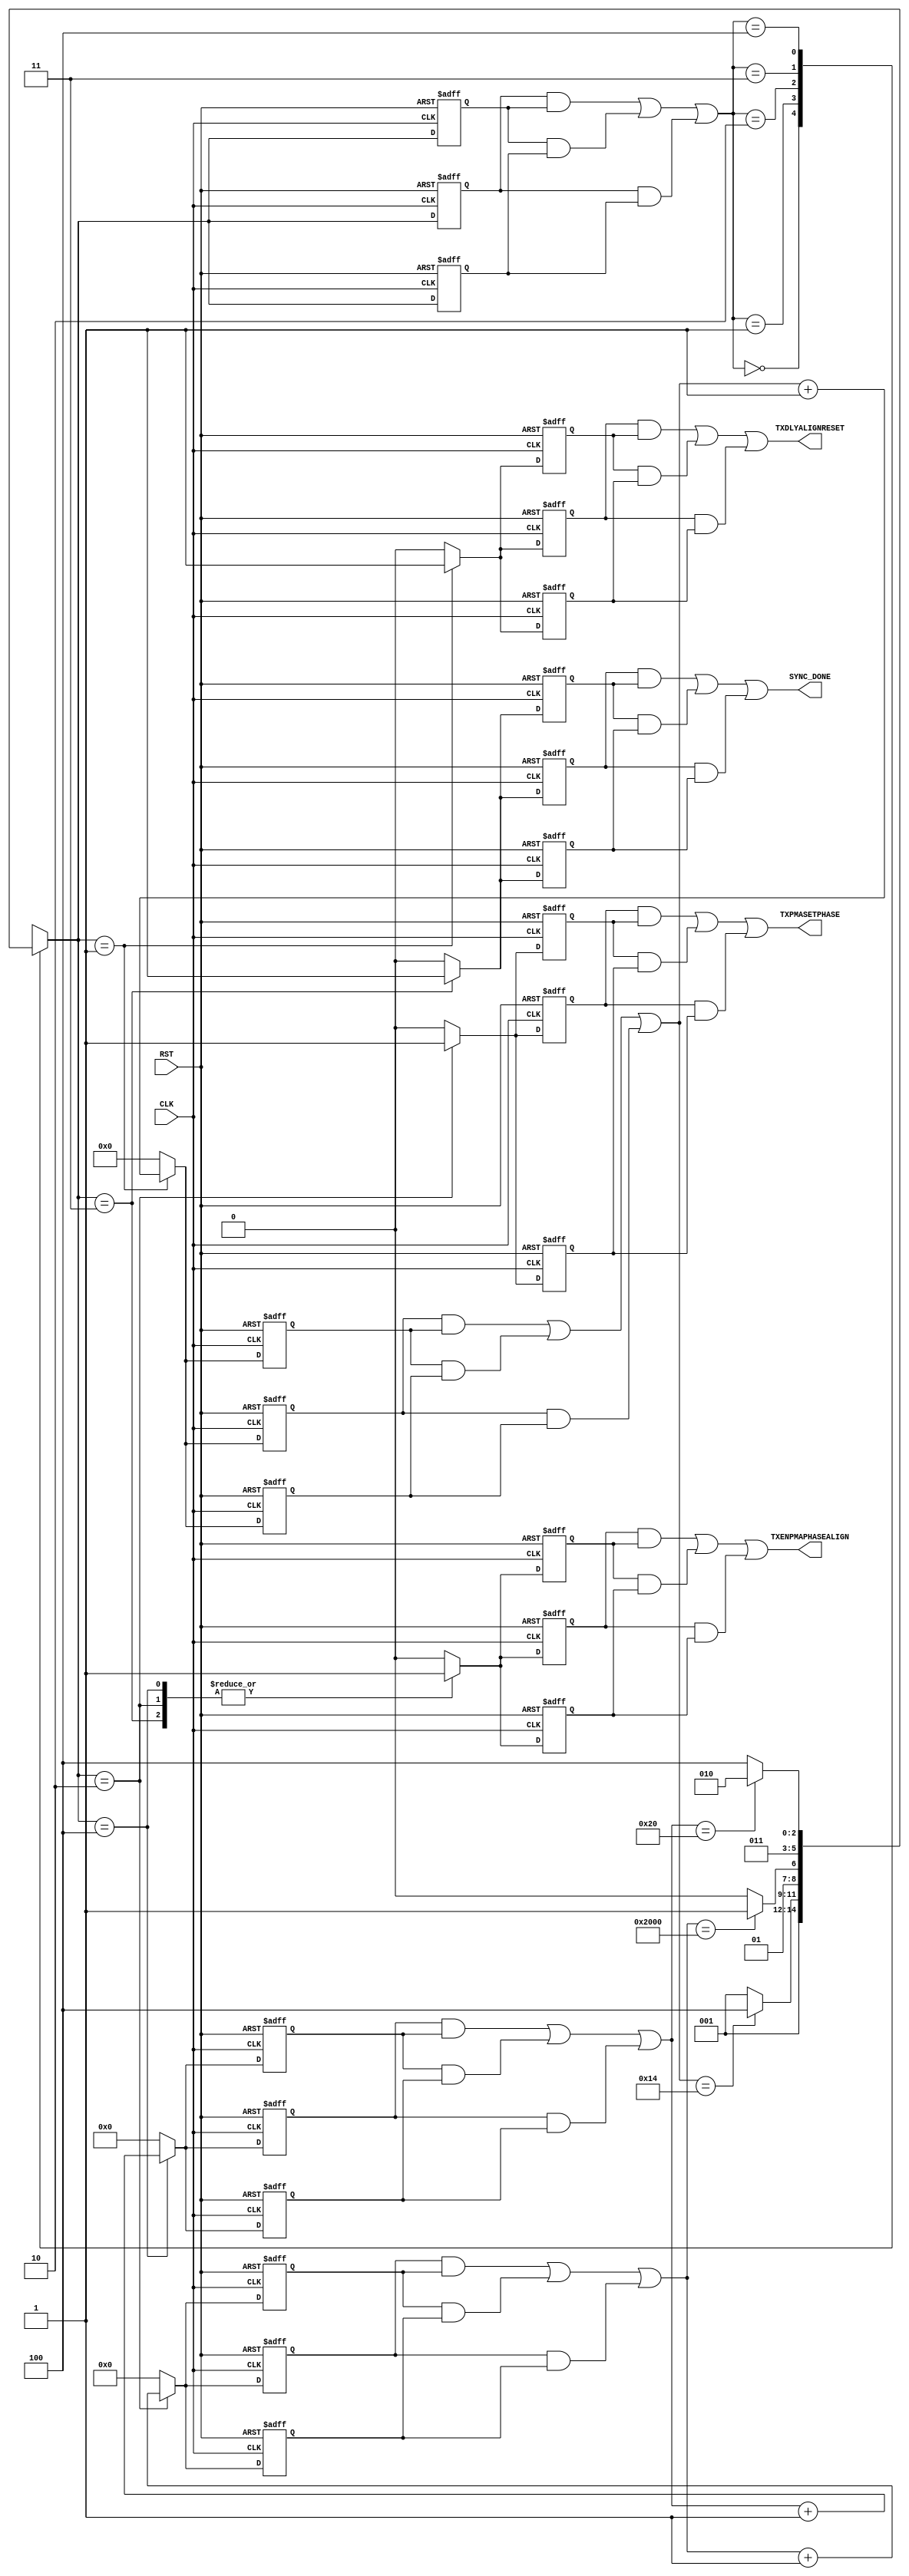

// Created by fizzim_tmr.pl version $Revision: 4.44 on 2014:09:18 at 15:09:28 (www.fizzim.com)

module tx_sync_FSM_TMR 
  #(
    parameter SYNC_CNT = 8192
  )(
  output SYNC_DONE,
  output TXDLYALIGNRESET,
  output TXENPMAPHASEALIGN,
  output TXPMASETPHASE,
  input CLK,
  input RST 
);

  // state bits
  parameter 
  Idle              = 3'b000, 
  Align_Reset       = 3'b001, 
  Phase_Align       = 3'b010, 
  Ready             = 3'b011, 
  Wait_B4_Set_Phase = 3'b100; 

  (* syn_preserve = "true" *) reg [2:0] state_1;
  (* syn_preserve = "true" *) reg [2:0] state_2;
  (* syn_preserve = "true" *) reg [2:0] state_3;

  (* syn_keep = "true" *) wire [2:0] voted_state_1;
  (* syn_keep = "true" *) wire [2:0] voted_state_2;
  (* syn_keep = "true" *) wire [2:0] voted_state_3;

  assign voted_state_1             = (state_1             & state_2            ) | (state_2             & state_3            ) | (state_1             & state_3            ); // Majority logic
  assign voted_state_2             = (state_1             & state_2            ) | (state_2             & state_3            ) | (state_1             & state_3            ); // Majority logic
  assign voted_state_3             = (state_1             & state_2            ) | (state_2             & state_3            ) | (state_1             & state_3            ); // Majority logic

  (* syn_keep = "true" *) reg [2:0] nextstate_1;
  (* syn_keep = "true" *) reg [2:0] nextstate_2;
  (* syn_keep = "true" *) reg [2:0] nextstate_3;

  (* syn_preserve = "true" *)  reg SYNC_DONE_1;
  (* syn_preserve = "true" *)  reg SYNC_DONE_2;
  (* syn_preserve = "true" *)  reg SYNC_DONE_3;
  (* syn_preserve = "true" *)  reg TXDLYALIGNRESET_1;
  (* syn_preserve = "true" *)  reg TXDLYALIGNRESET_2;
  (* syn_preserve = "true" *)  reg TXDLYALIGNRESET_3;
  (* syn_preserve = "true" *)  reg TXENPMAPHASEALIGN_1;
  (* syn_preserve = "true" *)  reg TXENPMAPHASEALIGN_2;
  (* syn_preserve = "true" *)  reg TXENPMAPHASEALIGN_3;
  (* syn_preserve = "true" *)  reg TXPMASETPHASE_1;
  (* syn_preserve = "true" *)  reg TXPMASETPHASE_2;
  (* syn_preserve = "true" *)  reg TXPMASETPHASE_3;
  (* syn_preserve = "true" *)  reg [4:0] acnt_1;
  (* syn_preserve = "true" *)  reg [4:0] acnt_2;
  (* syn_preserve = "true" *)  reg [4:0] acnt_3;
  (* syn_keep = "true" *)      wire [4:0] voted_acnt_1;
  (* syn_keep = "true" *)      wire [4:0] voted_acnt_2;
  (* syn_keep = "true" *)      wire [4:0] voted_acnt_3;
  (* syn_preserve = "true" *)  reg [15:0] scnt_1;
  (* syn_preserve = "true" *)  reg [15:0] scnt_2;
  (* syn_preserve = "true" *)  reg [15:0] scnt_3;
  (* syn_keep = "true" *)      wire [15:0] voted_scnt_1;
  (* syn_keep = "true" *)      wire [15:0] voted_scnt_2;
  (* syn_keep = "true" *)      wire [15:0] voted_scnt_3;
  (* syn_preserve = "true" *)  reg [5:0] wcnt_1;
  (* syn_preserve = "true" *)  reg [5:0] wcnt_2;
  (* syn_preserve = "true" *)  reg [5:0] wcnt_3;
  (* syn_keep = "true" *)      wire [5:0] voted_wcnt_1;
  (* syn_keep = "true" *)      wire [5:0] voted_wcnt_2;
  (* syn_keep = "true" *)      wire [5:0] voted_wcnt_3;

  // Assignment of outputs and flags to voted majority logic of replicated registers
  assign SYNC_DONE         = (SYNC_DONE_1         & SYNC_DONE_2        ) | (SYNC_DONE_2         & SYNC_DONE_3        ) | (SYNC_DONE_1         & SYNC_DONE_3        ); // Majority logic
  assign TXDLYALIGNRESET   = (TXDLYALIGNRESET_1   & TXDLYALIGNRESET_2  ) | (TXDLYALIGNRESET_2   & TXDLYALIGNRESET_3  ) | (TXDLYALIGNRESET_1   & TXDLYALIGNRESET_3  ); // Majority logic
  assign TXENPMAPHASEALIGN = (TXENPMAPHASEALIGN_1 & TXENPMAPHASEALIGN_2) | (TXENPMAPHASEALIGN_2 & TXENPMAPHASEALIGN_3) | (TXENPMAPHASEALIGN_1 & TXENPMAPHASEALIGN_3); // Majority logic
  assign TXPMASETPHASE     = (TXPMASETPHASE_1     & TXPMASETPHASE_2    ) | (TXPMASETPHASE_2     & TXPMASETPHASE_3    ) | (TXPMASETPHASE_1     & TXPMASETPHASE_3    ); // Majority logic
  assign voted_acnt_1              = (acnt_1              & acnt_2             ) | (acnt_2              & acnt_3             ) | (acnt_1              & acnt_3             ); // Majority logic
  assign voted_acnt_2              = (acnt_1              & acnt_2             ) | (acnt_2              & acnt_3             ) | (acnt_1              & acnt_3             ); // Majority logic
  assign voted_acnt_3              = (acnt_1              & acnt_2             ) | (acnt_2              & acnt_3             ) | (acnt_1              & acnt_3             ); // Majority logic
  assign voted_scnt_1              = (scnt_1              & scnt_2             ) | (scnt_2              & scnt_3             ) | (scnt_1              & scnt_3             ); // Majority logic
  assign voted_scnt_2              = (scnt_1              & scnt_2             ) | (scnt_2              & scnt_3             ) | (scnt_1              & scnt_3             ); // Majority logic
  assign voted_scnt_3              = (scnt_1              & scnt_2             ) | (scnt_2              & scnt_3             ) | (scnt_1              & scnt_3             ); // Majority logic
  assign voted_wcnt_1              = (wcnt_1              & wcnt_2             ) | (wcnt_2              & wcnt_3             ) | (wcnt_1              & wcnt_3             ); // Majority logic
  assign voted_wcnt_2              = (wcnt_1              & wcnt_2             ) | (wcnt_2              & wcnt_3             ) | (wcnt_1              & wcnt_3             ); // Majority logic
  assign voted_wcnt_3              = (wcnt_1              & wcnt_2             ) | (wcnt_2              & wcnt_3             ) | (wcnt_1              & wcnt_3             ); // Majority logic

  // Assignment of error detection logic to replicated signals

  // comb always block
  always @* begin
    nextstate_1 = 3'bxxx; // default to x because default_state_is_x is set
    nextstate_2 = 3'bxxx; // default to x because default_state_is_x is set
    nextstate_3 = 3'bxxx; // default to x because default_state_is_x is set
    case (voted_state_1)
      Idle             :                                nextstate_1 = Align_Reset;
      Align_Reset      : if (voted_acnt_1 == 20)        nextstate_1 = Wait_B4_Set_Phase;
                         else                           nextstate_1 = Align_Reset;
      Phase_Align      : if (voted_scnt_1 == SYNC_CNT)  nextstate_1 = Ready;
                         else                           nextstate_1 = Phase_Align;
      Ready            :                                nextstate_1 = Ready;
      Wait_B4_Set_Phase: if (voted_wcnt_1 == 32)        nextstate_1 = Phase_Align;
                         else                           nextstate_1 = Wait_B4_Set_Phase;
    endcase
    case (voted_state_2)
      Idle             :                                nextstate_2 = Align_Reset;
      Align_Reset      : if (voted_acnt_2 == 20)        nextstate_2 = Wait_B4_Set_Phase;
                         else                           nextstate_2 = Align_Reset;
      Phase_Align      : if (voted_scnt_2 == SYNC_CNT)  nextstate_2 = Ready;
                         else                           nextstate_2 = Phase_Align;
      Ready            :                                nextstate_2 = Ready;
      Wait_B4_Set_Phase: if (voted_wcnt_2 == 32)        nextstate_2 = Phase_Align;
                         else                           nextstate_2 = Wait_B4_Set_Phase;
    endcase
    case (voted_state_3)
      Idle             :                                nextstate_3 = Align_Reset;
      Align_Reset      : if (voted_acnt_3 == 20)        nextstate_3 = Wait_B4_Set_Phase;
                         else                           nextstate_3 = Align_Reset;
      Phase_Align      : if (voted_scnt_3 == SYNC_CNT)  nextstate_3 = Ready;
                         else                           nextstate_3 = Phase_Align;
      Ready            :                                nextstate_3 = Ready;
      Wait_B4_Set_Phase: if (voted_wcnt_3 == 32)        nextstate_3 = Phase_Align;
                         else                           nextstate_3 = Wait_B4_Set_Phase;
    endcase
  end

  // Assign reg'd outputs to state bits

  // sequential always block
  always @(posedge CLK or posedge RST) begin
    if (RST) begin
      state_1 <= Idle;
      state_2 <= Idle;
      state_3 <= Idle;
    end
    else begin
      state_1 <= nextstate_1;
      state_2 <= nextstate_2;
      state_3 <= nextstate_3;
    end
  end

  // datapath sequential always block
  always @(posedge CLK or posedge RST) begin
    if (RST) begin
      SYNC_DONE_1 <= 0;
      SYNC_DONE_2 <= 0;
      SYNC_DONE_3 <= 0;
      TXDLYALIGNRESET_1 <= 0;
      TXDLYALIGNRESET_2 <= 0;
      TXDLYALIGNRESET_3 <= 0;
      TXENPMAPHASEALIGN_1 <= 0;
      TXENPMAPHASEALIGN_2 <= 0;
      TXENPMAPHASEALIGN_3 <= 0;
      TXPMASETPHASE_1 <= 0;
      TXPMASETPHASE_2 <= 0;
      TXPMASETPHASE_3 <= 0;
      acnt_1 <= 5'h00;
      acnt_2 <= 5'h00;
      acnt_3 <= 5'h00;
      scnt_1 <= 16'h0000;
      scnt_2 <= 16'h0000;
      scnt_3 <= 16'h0000;
      wcnt_1 <= 6'h00;
      wcnt_2 <= 6'h00;
      wcnt_3 <= 6'h00;
    end
    else begin
      SYNC_DONE_1 <= 0; // default
      SYNC_DONE_2 <= 0; // default
      SYNC_DONE_3 <= 0; // default
      TXDLYALIGNRESET_1 <= 0; // default
      TXDLYALIGNRESET_2 <= 0; // default
      TXDLYALIGNRESET_3 <= 0; // default
      TXENPMAPHASEALIGN_1 <= 0; // default
      TXENPMAPHASEALIGN_2 <= 0; // default
      TXENPMAPHASEALIGN_3 <= 0; // default
      TXPMASETPHASE_1 <= 0; // default
      TXPMASETPHASE_2 <= 0; // default
      TXPMASETPHASE_3 <= 0; // default
      acnt_1 <= 5'h00; // default
      acnt_2 <= 5'h00; // default
      acnt_3 <= 5'h00; // default
      scnt_1 <= 16'h0000; // default
      scnt_2 <= 16'h0000; // default
      scnt_3 <= 16'h0000; // default
      wcnt_1 <= 6'h00; // default
      wcnt_2 <= 6'h00; // default
      wcnt_3 <= 6'h00; // default
      case (nextstate_1)
        Align_Reset      : begin
                                  TXDLYALIGNRESET_1 <= 1;
                                  acnt_1 <= voted_acnt_1 + 1;
        end
        Phase_Align      : begin
                                  TXENPMAPHASEALIGN_1 <= 1;
                                  TXPMASETPHASE_1 <= 1;
                                  scnt_1 <= voted_scnt_1 + 1;
        end
        Ready            : begin
                                  SYNC_DONE_1 <= 1;
                                  TXENPMAPHASEALIGN_1 <= 1;
        end
        Wait_B4_Set_Phase: begin
                                  TXENPMAPHASEALIGN_1 <= 1;
                                  wcnt_1 <= voted_wcnt_1 + 1;
        end
      endcase
      case (nextstate_2)
        Align_Reset      : begin
                                  TXDLYALIGNRESET_2 <= 1;
                                  acnt_2 <= voted_acnt_2 + 1;
        end
        Phase_Align      : begin
                                  TXENPMAPHASEALIGN_2 <= 1;
                                  TXPMASETPHASE_2 <= 1;
                                  scnt_2 <= voted_scnt_2 + 1;
        end
        Ready            : begin
                                  SYNC_DONE_2 <= 1;
                                  TXENPMAPHASEALIGN_2 <= 1;
        end
        Wait_B4_Set_Phase: begin
                                  TXENPMAPHASEALIGN_2 <= 1;
                                  wcnt_2 <= voted_wcnt_2 + 1;
        end
      endcase
      case (nextstate_3)
        Align_Reset      : begin
                                  TXDLYALIGNRESET_3 <= 1;
                                  acnt_3 <= voted_acnt_3 + 1;
        end
        Phase_Align      : begin
                                  TXENPMAPHASEALIGN_3 <= 1;
                                  TXPMASETPHASE_3 <= 1;
                                  scnt_3 <= voted_scnt_3 + 1;
        end
        Ready            : begin
                                  SYNC_DONE_3 <= 1;
                                  TXENPMAPHASEALIGN_3 <= 1;
        end
        Wait_B4_Set_Phase: begin
                                  TXENPMAPHASEALIGN_3 <= 1;
                                  wcnt_3 <= voted_wcnt_3 + 1;
        end
      endcase
    end
  end

  // This code allows you to see state names in simulation
  `ifndef SYNTHESIS
  reg [135:0] statename;
  always @* begin
    case (state_1)
      Idle             : statename = "Idle";
      Align_Reset      : statename = "Align_Reset";
      Phase_Align      : statename = "Phase_Align";
      Ready            : statename = "Ready";
      Wait_B4_Set_Phase: statename = "Wait_B4_Set_Phase";
      default          : statename = "XXXXXXXXXXXXXXXXX";
    endcase
  end
  `endif

endmodule